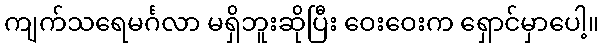
ကျက်သရေမင်္ဂလာ မရှိဘူးဆိုပြီး ဝေးဝေးက ရှောင်မှာပေါ့။